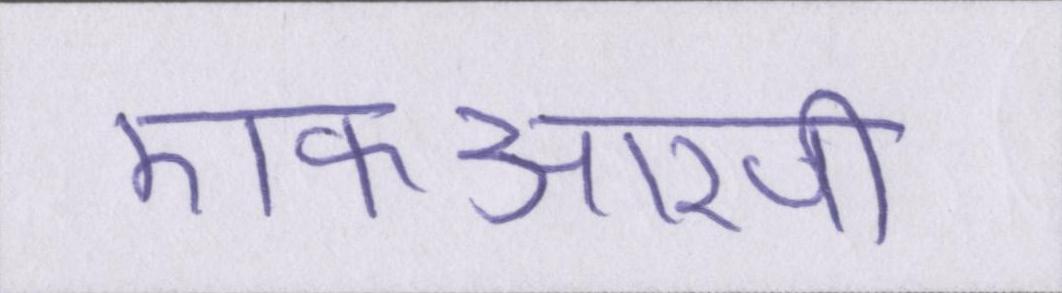
एफआरपी